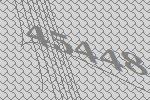
45448